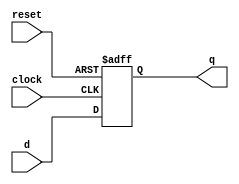
module d_ff(q, d, clock, reset);
	input d, clock, reset;
	output reg q;

	always @(posedge clock or negedge reset)
		if (~reset)
			q = 1'b0;
		else
			q = d;
endmodule

module reg_32bit(q, d, clock, reset);
	input [31:0] d;
	input clock, reset;
	output [31:0] q;

	genvar j;
	generate
		for (j = 0; j < 32; j = j + 1)
		begin: d_loop
			d_ff ff(q[j], d[j], clock, reset);
		end
	endgenerate
endmodule

module decoder2_4(out, in);
	input [1:0] in;
	output [3:0] out;

	assign
		out[0] = ~in[0] & ~in[1],
		out[1] = ~in[0] & in[1],
		out[2] = in[0] & ~in[1],
		out[3] = in[0] & in[1];
endmodule

module mux4_1(out, data0, data1, data2, data3, select);
	input [31:0] data0, data1, data2, data3;
	input [1:0] select;
	output reg [31:0] out;

	always @(data0 or data1 or data2 or data3 or select)
		case (select)
			2'b00: out = data0;
			2'b01: out = data1;
			2'b10: out = data2;
			2'b11: out = data3;
		endcase
endmodule

module regFile_4(readReg1, readReg2, clock, reset,
	writeRegNo, writeData, regWrite, readData1, readData2);
	input [1:0] readReg1, readReg2, writeRegNo;
	input clock, reset, regWrite;
	input [31:0] writeData;
	output [31:0] readData1, readData2;

	wire [3:0] decode;
	wire [31:0] w0, w1, w2, w3;

	decoder2_4 dec(decode, writeRegNo);
	and a0(c0, regWrite, clock, decode[0]);
	and a1(c1, regWrite, clock, decode[1]);
	and a2(c2, regWrite, clock, decode[2]);
	and a3(c3, regWrite, clock, decode[3]);

	reg_32bit r0(w0, writeData, c0, reset);
	reg_32bit r1(w1, writeData, c1, reset);
	reg_32bit r2(w2, writeData, c2, reset);
	reg_32bit r3(w3, writeData, c3, reset);

	mux4_1 m0(readData1, w0, w1, w2, w3, readReg1);
	mux4_1 m1(readData2, w0, w1, w2, w3, readReg2);
endmodule